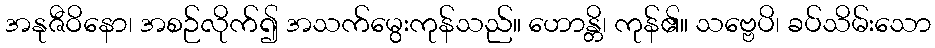
အနုဇီဝိနော၊ အစဉ်လိုက်၍ အသက်မွေးကုန်သည်။ ဟောန္တိ၊ ကုန်၏။ သဗ္ဗေပိ၊ ခပ်သိမ်းသော